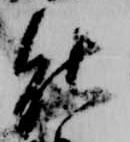
能